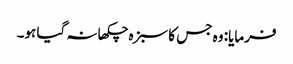
فرمایا: وہ جس کا سبزہ چکھا نہ گیا ہو۔